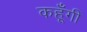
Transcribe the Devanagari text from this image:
कहूँगी